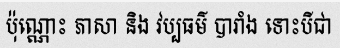
ប៉ុណ្ណោះ ភាសា និង វប្បធម៌ បារាំង ទោះបីជា